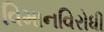
વિમાનવિરોધી